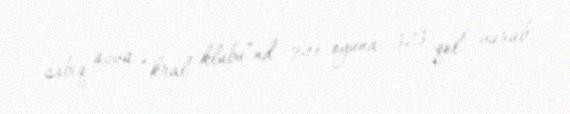
sabiq üzvü “kral klubu”nd 741 oyuna 323 qol vurub.